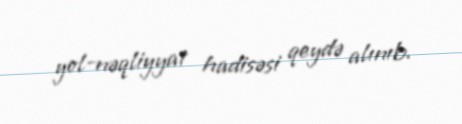
yol-nəqliyyat hadisəsi qeydə alınıb.